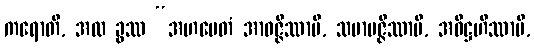
ကရောတိ, အထ ခွဿ “အဟမေတံ အာဝဇ္ဇိဿာမိ, သမာပဇ္ဇိဿာမိ, အဓိဋ္ဌဟိဿာမိ,